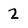
Character: 2